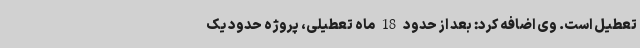
تعطیل است. وی اضافه کرد: بعد از حدود 18 ماه تعطیلی، پروژه حدود یک